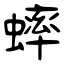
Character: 蟀